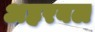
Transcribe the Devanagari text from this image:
अहरबल